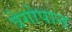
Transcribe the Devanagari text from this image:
त्रेगोपान